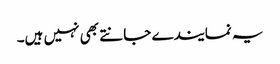
یہ نمایندے جانتے بھی نہیں ہیں۔